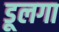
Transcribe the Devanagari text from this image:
डूलगा